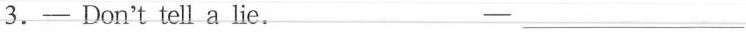
3. —Don't tell a lie. —___